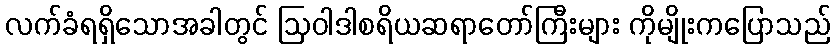
လက်ခံရရှိသောအခါတွင် ဩဝါဒါစရိယဆရာတော်ကြီးများ ကိုမျိုးကပြောသည်